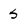
Character: 5